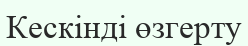
Кескінді өзгерту